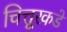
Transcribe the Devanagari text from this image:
चित्तूरकडे